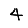
Digit: 4